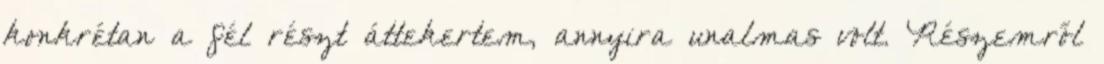
konkrétan a fél részt áttekertem, annyira unalmas volt. Részemről